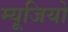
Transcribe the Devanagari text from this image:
म्यूजियों